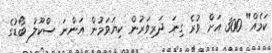
ކަމެއް" 300 އަށް ވުރެ ގިނަ ދަރިވަރުން ކިޔަވަމުން އަންނަ ސްކޫލު ބޯޑުގެ